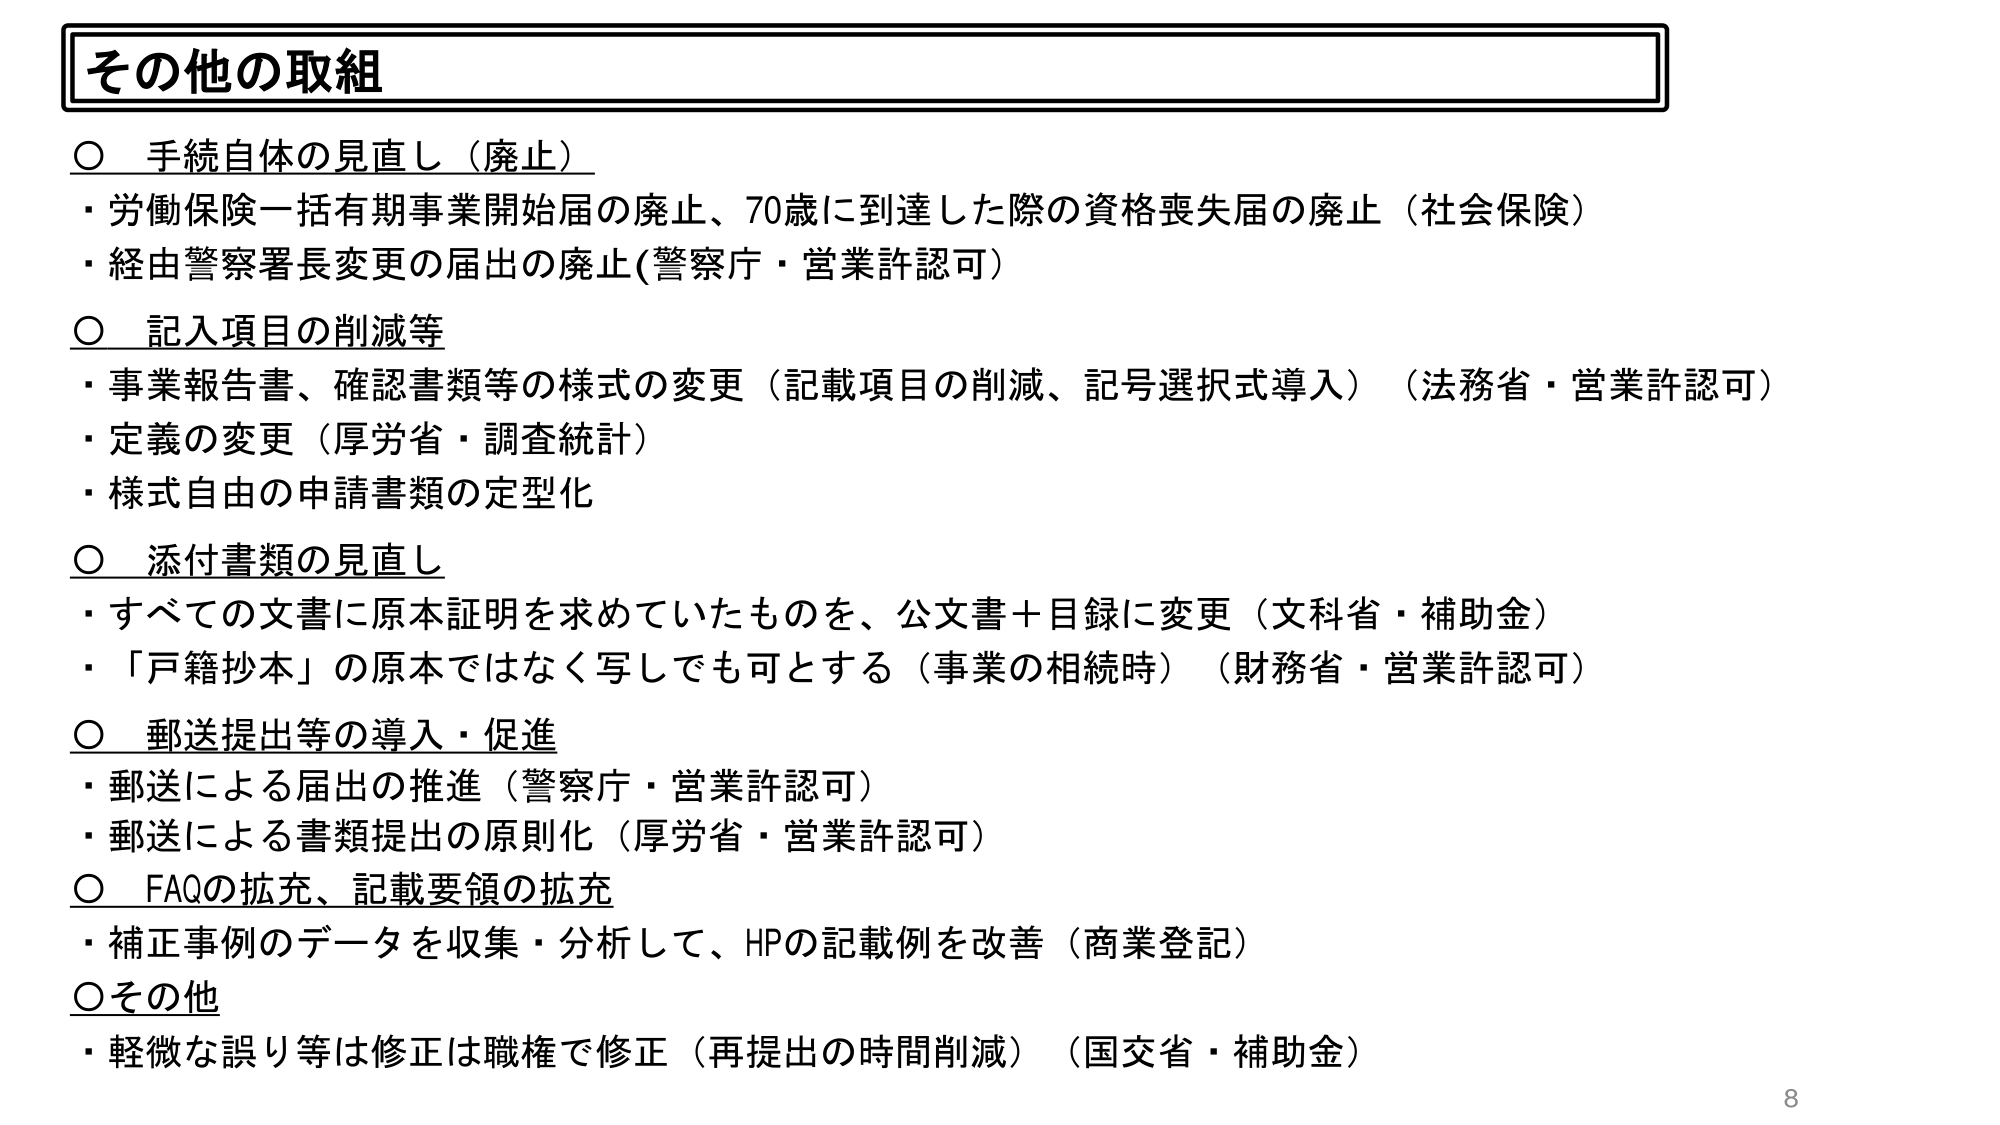
その他の取組

○ 手続自体の見直し（廃止）
・労働保険一括有期事業開始届の廃止、70歳に到達した際の資格喪失届の廃止（社会保険）
・経由警察署長変更の届出の廃止（警察庁・営業許認可）

○ 記入項目の削減等
・事業報告書、確認書類等の様式の変更（記載項目の削減、記号選択式導入）（法務省・営業許認可）
・定義の変更（厚労省・調査統計）
・様式自由の申請書類の定型化

○ 添付書類の見直し
・すべての文書に原本証明を求めていたものを、公文書＋目録に変更（文科省・補助金）
・「戸籍抄本」の原本ではなく写しでも可とする（事業の相続時）（財務省・営業許認可）

○ 郵送提出等の導入・促進
・郵送による届出の推進（警察庁・営業許認可）
・郵送による書類提出の原則化（厚労省・営業許認可）

○ FAQの拡充、記載要領の拡充
・補正事例のデータを収集・分析して、HPの記載例を改善（商業登記）

○ その他
・軽微な誤り等は修正は職権で修正（再提出の時間削減）（国交省・補助金）

8